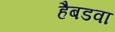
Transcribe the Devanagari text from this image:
हैबडवा